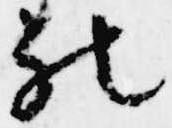
被